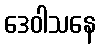
ဒေဝါသနေ